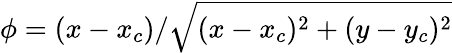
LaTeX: \phi=(x-x_{c})/\sqrt{(x-x_{c})^{2}+(y-y_{c})^{2}}